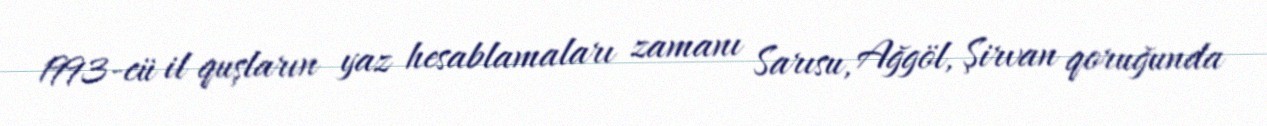
1993-cü il quşların yaz hesablamaları zamanı Sarısu, Ağgöl, Şirvan qoruğunda